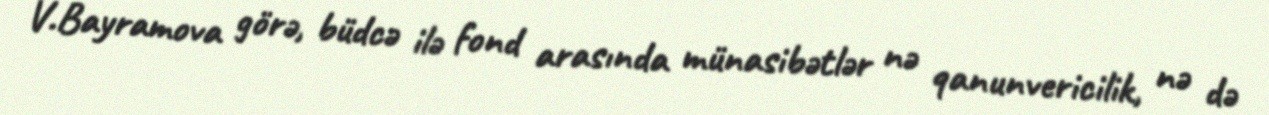
V.Bayramova görə, büdcə ilə fond arasında münasibətlər nə qanunvericilik, nə də